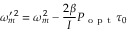
\omega _ { m } ^ { \prime \, 2 } = \omega _ { m } ^ { 2 } - \frac { 2 \beta } { I } P _ { \mathrm { ~ o ~ p ~ t ~ } } \tau _ { 0 }